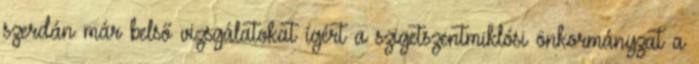
szerdán már belső vizsgálatokat ígért a szigetszentmiklósi önkormányzat a